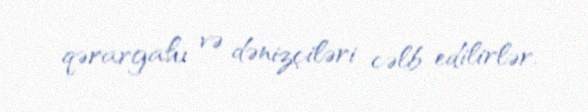
qərargahı və dənizçiləri cəlb edilirlər.